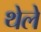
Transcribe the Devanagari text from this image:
थेले